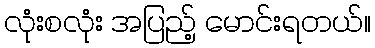
လုံးစလုံး အပြည့် မောင်းရတယ်။